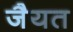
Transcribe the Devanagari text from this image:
जैयत